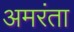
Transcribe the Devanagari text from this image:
अमरंता